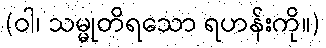
(ဝါ၊ သမ္မုတိရသော ရဟန်းကို။)